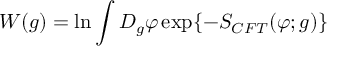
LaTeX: W ( g ) = \ln \int D _ { g } \varphi \exp \{ - S _ { C F T } ( \varphi ; g ) \}